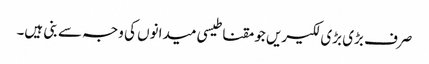
صرف بڑی بڑی لکیریں جو مقناطیسی میدانوں کی وجہ سے بنی ہیں۔